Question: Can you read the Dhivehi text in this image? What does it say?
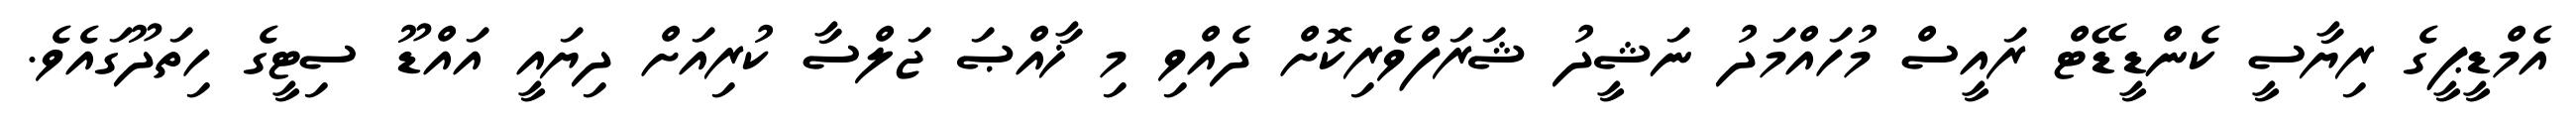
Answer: އެމްޑީޕީގެ ރިޔާސީ ކެންޑީޑޭޓް ރައީސް މުހައްމަދު ނަޝީދު ޝަރަފްވެރިކޮށް ދެއްވި މި ޚާއްޞަ ޖަލްސާ ކުރިއަށް ދިޔައީ އައްޑޫ ސިޓީގެ ހިތަދޫގައެވެ.